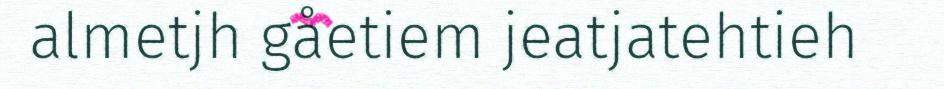
almetjh gåetiem jeatjatehtieh